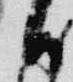
日